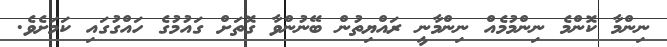
ނިންމާ ކޮންމެ ނިންމުމެއް ނިންމާނީ ރައްޔިތުން ބޭނުންވާ ގޮތަށް ގައުމުގެ ހައްގުގައި ކަމަށެވެ.